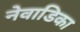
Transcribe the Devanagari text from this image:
नेवाडिका